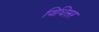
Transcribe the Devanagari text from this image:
विधिसर